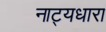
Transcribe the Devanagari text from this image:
नाट्यधारा